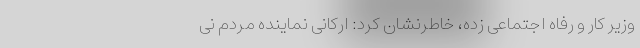
وزیر کار و رفاه اجتماعی زده، خاطرنشان کرد: ارکانی نماینده مردم نی